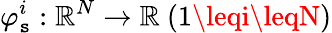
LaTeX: \varphi_{\mathtt{s}}^{i}:\mathbb{{R}}^{N}\rightarrow\mathbb{{R}}~(1\leqi\leqN)